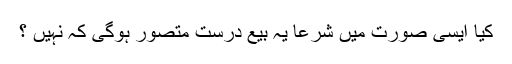
کیا ایسی صورت میں شرعاً یہ بیع درست متصور ہوگی کہ نہیں ؟